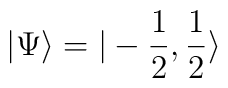
\vert \Psi \rangle = \vert -\frac{1}{2}, \frac{1}{2} \rangle